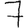
Digit: 7